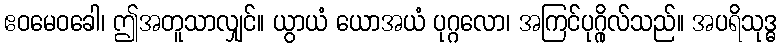
ဧဝမေဝခေါ၊ ဤအတူသာလျှင်။ ယွာယံ ယောအယံ ပုဂ္ဂလော၊ အကြင်ပုဂ္ဂိုလ်သည်။ အပရိသုဒ္ဓ